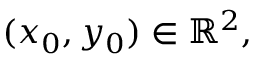
( x _ { 0 } , y _ { 0 } ) \in \mathbb { R } ^ { 2 } ,